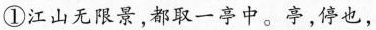
①江山无限景，都取一亭中。亭，停也，